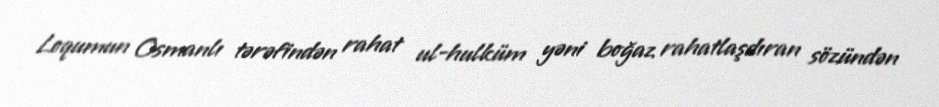
Loqumun Osmanlı tərəfindən rahat ul-hulküm yəni boğaz rahatlaşdıran sözündən